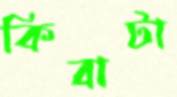
কিবাটা